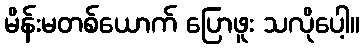
မိန်းမတစ်ယောက် ပြောဖူး သလိုပေါ့။